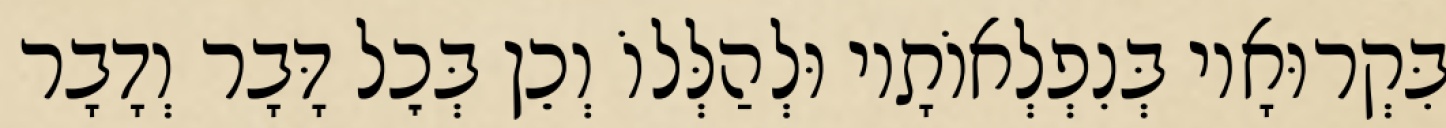
בִּקְרוּאָיו בְּנִפְלְאוֹתָיו וּלְהַלְּלוֹ וְכֵן בְּכׇל דָּבָר וְדָבָר